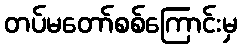
တပ်မတော်စစ်ကြောင်းမှ